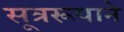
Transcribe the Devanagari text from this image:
सूत्ररूपाने